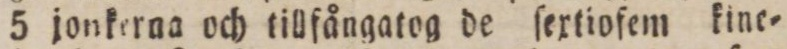
5 jonkerna och tillfångatog de ſextiofem kine=